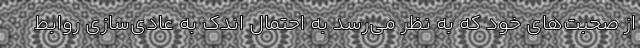
از صحبت‌های خود که به نظر می‌رسد به احتمال اندک به عادی‌سازی روابط